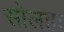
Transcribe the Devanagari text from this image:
सोलहः